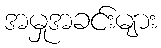
အမှုအခင်းများ